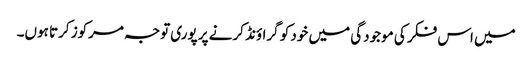
میں اس فکر کی موجودگی میں خود کو گراؤنڈ کرنے پر پوری توجہ مرکوز کرتا ہوں۔